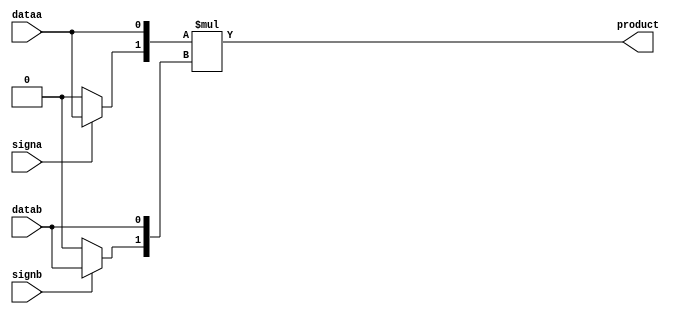
module mult_block (
	dataa,
	datab,
	signa,
	signb,
	product
);

	parameter width_a = 1;
	parameter width_b = 1;
	parameter normalized_width = 1;
	parameter dataa_signed = "use_port"; // "use_port", "true", "false"
	parameter datab_signed = "use_port"; // "use_port", "true", "false"

	localparam width_product = width_a + width_b;
	localparam norm_width_a = ( width_a < normalized_width ) ?
		normalized_width + 1 : width_a + 1;
	localparam norm_width_b = ( width_b < normalized_width ) ?
		normalized_width + 1 : width_b + 1;
	localparam norm_width_product = norm_width_a + norm_width_b;

	input [ width_a - 1 : 0 ] dataa;
	input [ width_b - 1 : 0 ] datab;

	input signa;
	input signb;

	output [ width_product - 1 : 0 ] product;

	wire signed [ norm_width_a - 1 : 0 ] signed_a;
	wire signed [ norm_width_b - 1 : 0 ] signed_b;
	wire signed [ norm_width_product - 1 : 0 ] signed_product;

	wire [ norm_width_a - 1 : 0 ] a_t1;
	wire [ norm_width_a - 1 : 0 ] a_t2;
	wire [ norm_width_b - 1 : 0 ] b_t1;
	wire [ norm_width_b - 1 : 0 ] b_t2;

	generate
        if( dataa_signed == "use_port" ) begin
			assign signed_a[ norm_width_a - 1 ] = signa ? dataa[width_a-1] :
				1'b0;
        end
        else if( dataa_signed == "true" ) begin
			assign signed_a[ norm_width_a - 1 ] = dataa[width_a-1];
        end
        else if( dataa_signed == "false" ) begin
			assign signed_a[ norm_width_a - 1 ] = 1'b0;
        end

        if( datab_signed == "use_port" ) begin
			assign signed_b[ norm_width_b - 1 ] = signb ? datab[width_b-1] :
				1'b0;
        end
        else if( datab_signed == "true" ) begin
			assign signed_b[ norm_width_b - 1 ] = datab[width_b-1];
        end
        else if( datab_signed == "false" ) begin
			assign signed_b[ norm_width_b - 1 ] = 1'b0;
        end

		if( width_a < normalized_width ) begin
			assign signed_a[ norm_width_a - width_a - 2 : 0 ] =
				{ norm_width_a - width_a - 1 {1'b0} };
		end

		if( width_b < normalized_width ) begin
			assign signed_b[ norm_width_b - width_b - 2 : 0 ] =
				{ norm_width_b - width_b - 1 {1'b0} };
		end
	endgenerate

	assign signed_a[ norm_width_a - 2 : norm_width_a - width_a - 1 ] = dataa;

	assign signed_b[ norm_width_b - 2 : norm_width_b - width_b - 1 ] = datab;

	assign signed_product = signed_a * signed_b;
	assign product = signed_product[ norm_width_product - 3 :
		norm_width_product - width_product - 2 ];

endmodule